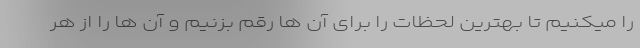
را میکنیم تا بهترین لحظات را برای آن ها رقم بزنیم و آن ها را از هر